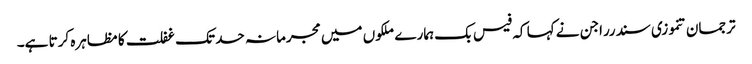
ترجمان تنموزی سندرراجن نے کہا کہ فیس بک ہمارے ملکوں میں مجرمانہ حد تک غفلت کا مظاہرہ کرتا ہے۔